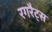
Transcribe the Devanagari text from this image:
रगरैट्स